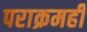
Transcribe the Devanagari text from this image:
पराक्रमही